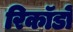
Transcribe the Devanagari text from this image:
रिकॉडों